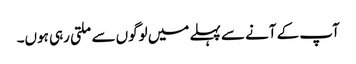
آپ کے آنے سے پہلے میں لوگوں سے ملتی رہی ہوں۔